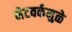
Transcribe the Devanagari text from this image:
नेटवर्कमुळे